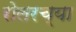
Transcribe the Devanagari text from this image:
रोलरच्या